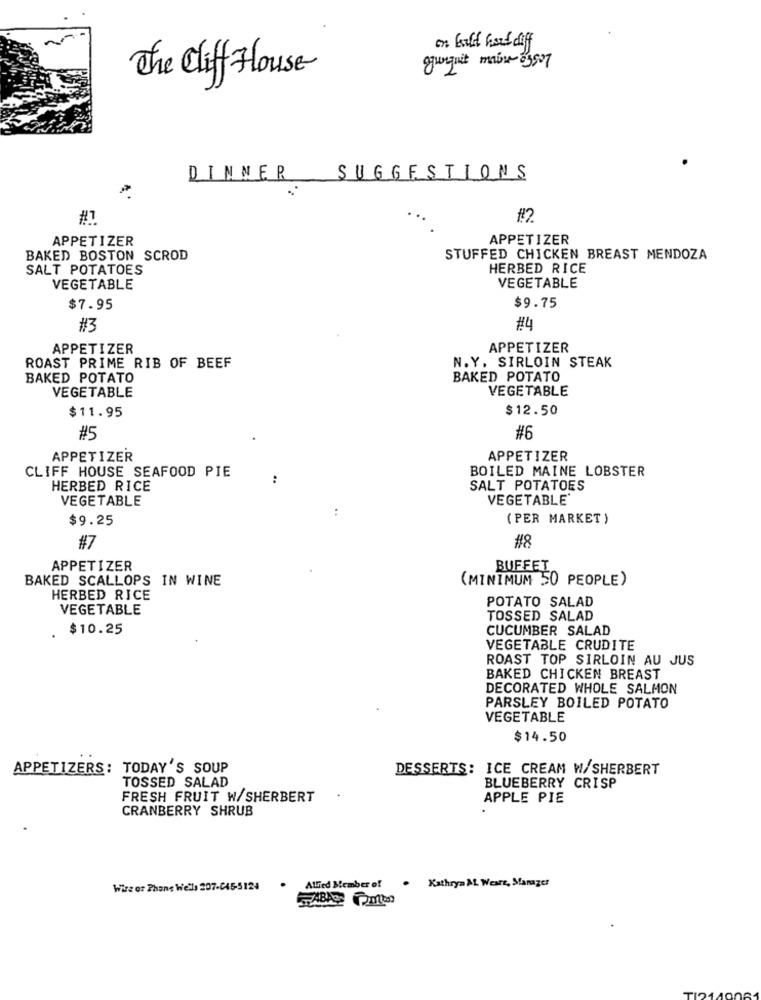
on hold hard diff
junguit mais 83507
The Cliff House
DINNER
SUGGESTIONS
#1
#2
APPETIZER
APPETIZER
BAKED BOSTON SCROD
STUFFED CHICKEN BREAST MENDOZA
SALT POTATOES
HERBED RICE
VEGETABLE
VEGETABLE
$7.95
$9.75
#3
#4
APPETIZER
APPETIZER
N.Y. SIRLOIN STEAK
ROAST PRIME RIB OF BEEF
BAKED POTATO
BAKED POTATO
VEGETABLE
VEGETABLE
$11.95
$12.50
#5
#6
APPETIZER
APPETIZER
CLIFF HOUSE SEAFOOD PIE
BOILED MAINE LOBSTER
..
HERBED RICE
SALT POTATOES
VEGETABLE
VEGETABLE'
..
$9.25
(PER MARKET )
#8
#7
APPETIZER
BUFFET
BAKED SCALLOPS IN WINE
(MINIMUM 50 PEOPLE)
HERBED RICE
POTATO SALAD
VEGETABLE
TOSSED SALAD
$10.25
CUCUMBER SALAD
VEGETABLE CRUDITE
ROAST TOP SIRLOIN AU JUS
BAKED CHICKEN BREAST
DECORATED WHOLE SALMON
PARSLEY BOILED POTATO
VEGETABLE
$14.50
APPETIZERS: TODAY'S SOUP
DESSERTS: ICE CREAM W/SHERBERT
TOSSED SALAD
BLUEBERRY CRISP
FRESH FRUIT W/SHERBERT
APPLE PIE
CRANBERRY SHRUB
Wire or Phans Wells 207-C45-5124
Allied Member of
. Kathryn AL Weare, Manager